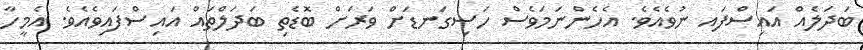
ބަދަލެއް އައިސްފައ ނުވެއެވެ. އެހެންނަމަވެސް ހަސިގަނޑަށް ވަރަށް ބޮޑެތި ބަދަލްތައް އައިސްފައިވެއެވެ. އެމީހާ